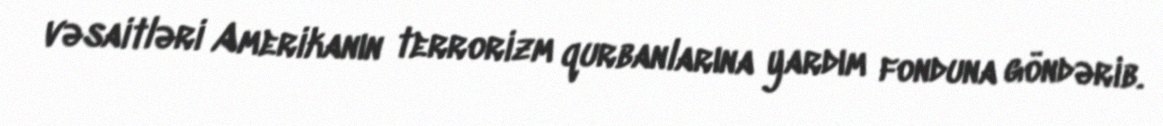
vəsaitləri Amerikanın terrorizm qurbanlarına yardım fonduna göndərib.